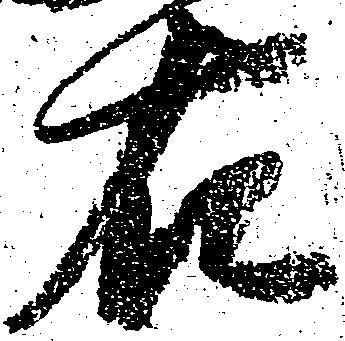
右